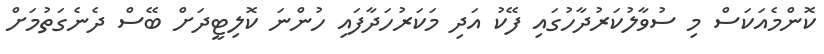
ކޮންމެއަކަސް މި ސުވާލުކަރުދާހުގައި ފޭކު އަދި މަކަރުހަދާފައި ހުންނަ ކޮލިޓީދަށް ބޭސް ދެނެގަތުމަށް